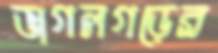
ভাগলগড়ের